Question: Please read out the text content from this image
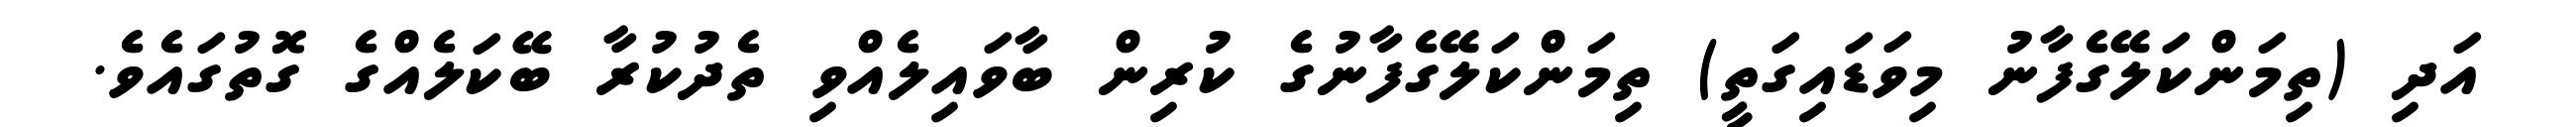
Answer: އަދި (ތިމަންކަލޭގެފާނު މިވަޑައިގަތީ) ތިމަންކަލޭގެފާނުގެ ކުރިން ބާވައިލެއްވި ތެދުކުރާ ބޭކަލެއްގެ ގޮތުގައެވެ.